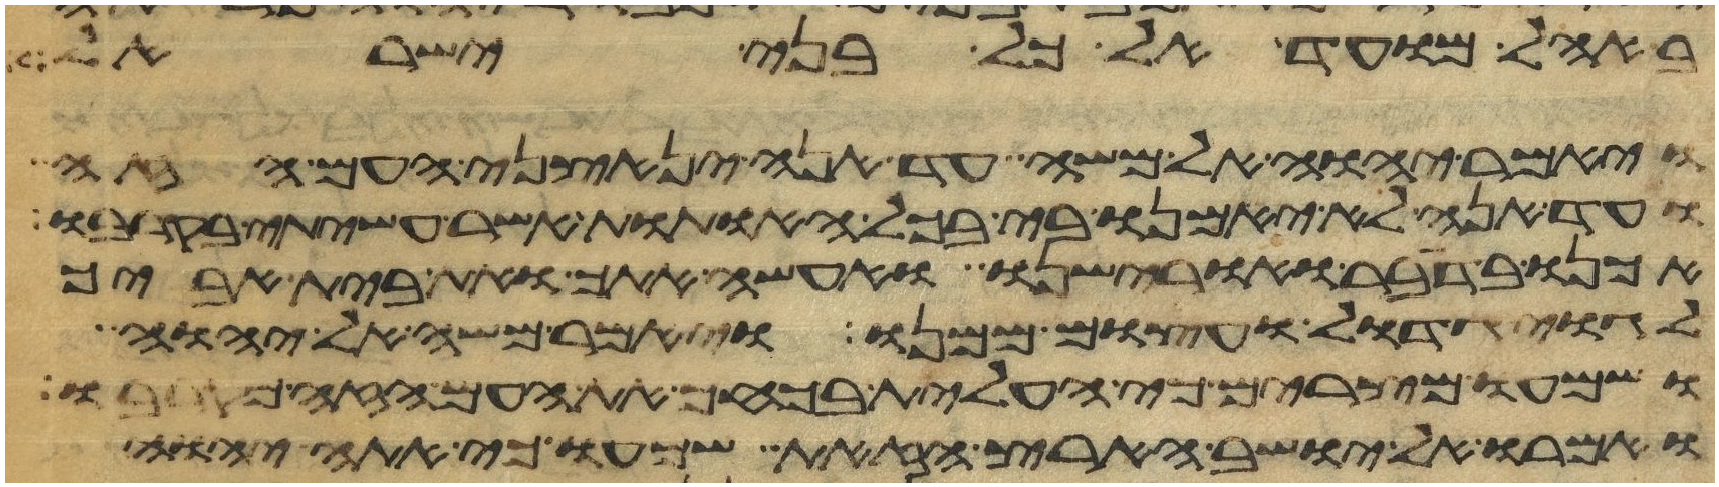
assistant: באהל מועד אל כל בני ישראל
ויאמר יהוה אל משה עד אנה ינאצני העם הזה
ועד הנה לא יאמנו בי בכל האתות אשר עשיתי בקרבו
אכנו בדבר ואורישנו ואעשה אתך ואת בית אביך
לגוי גדול ועצום ממנו ויאמר משה אל יהוה
ושמעו מצרים כי העלית בכחך את העם הזה מקרבו
ואמרו אל יושב הארץ הזאת שמעו כי אתה יהוה